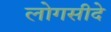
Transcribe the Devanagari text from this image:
लोगसीदे